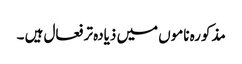
مذکورہ ناموں میں ذیادہ تر فعال ہیں ۔